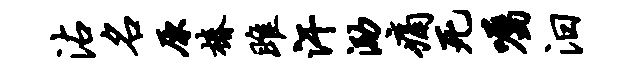
沾名原椿雎汗泐痛死嘱汨